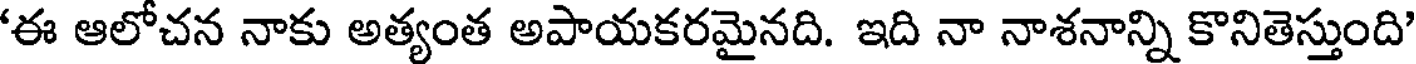
'ఈ ఆలోచన నాకు అత్యంత అపాయకరమైనది. ఇది నా నాశనాన్ని కొనితెస్తుంది